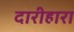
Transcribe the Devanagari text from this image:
दारीहारा